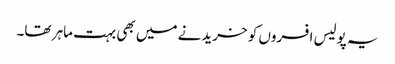
یہ پولیس افسروں کو خریدنے میں بھی بہت ماہر تھا۔